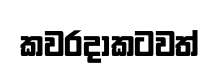
කවරදාකටවත්